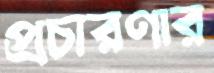
প্রচারণার